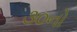
૩૦નો